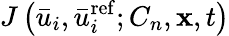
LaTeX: {J\left({{{\bar{u}}_{i}},\bar{u}_{i}^{\mathrm{{ref}}};{C_{n}},{\mathbf{x}},t}\right)}